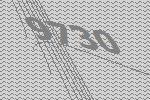
9730